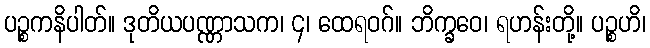
ပဉ္စကနိပါတ်။ ဒုတိယပဏ္ဏာသက၊ ၄၊ ထေရဝဂ်။ ဘိက္ခဝေ၊ ရဟန်းတို့။ ပဉ္စဟိ၊